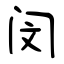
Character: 闵